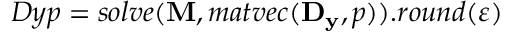
D y p = s o l v e ( \mathbf { M } , m a t v e c ( \mathbf { D _ { y } } , p ) ) . r o u n d ( \varepsilon )